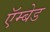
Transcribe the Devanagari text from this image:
ऍम्बेड